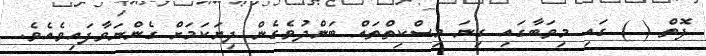
ފޮތް ( ) ގައި މިވަބާގައި ގިނަ މިސްކިތްތައް ބަންދުވެގެން ދިޔަކަމަށް ގެންނަވާފައިވެއެވެ.